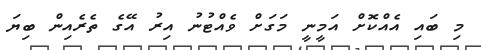
މި ބައި އެއްކޮށް އަމީނީ މަގަށް ވެއްޓުނު އިރު އޭގެ ތެރެއިން ބިޔަ